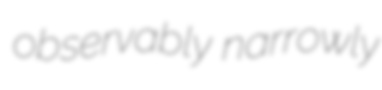
observably narrowly